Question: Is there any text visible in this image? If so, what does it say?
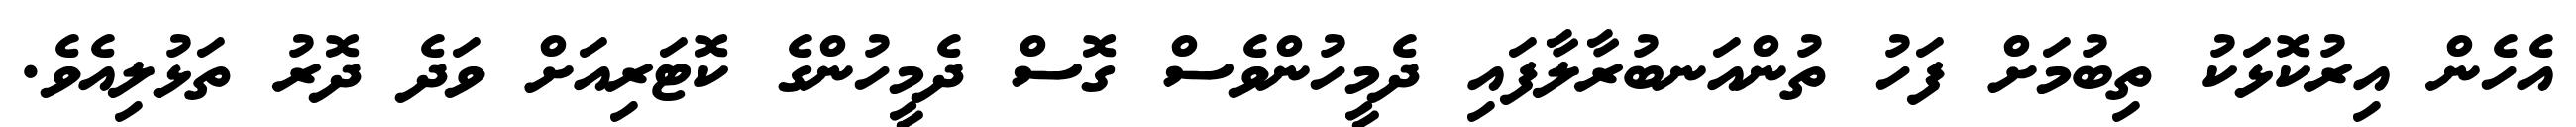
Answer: އެހެން އިރުކޮޅަކު ތިބުމަށް ފަހު ތުންއަނބުރާލާފައި ދެމީހުންވެސް ގޮސް ދެމީހުންގެ ކޮޓަރިއަށް ވަދެ ދޮރު ތަޅުލިއެވެ.